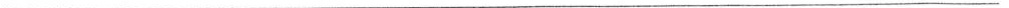
___